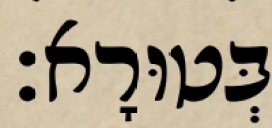
בְּטוּרָא׃